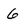
Character: 6